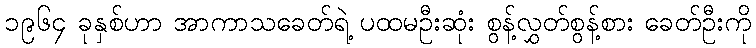
၁၉၆၄ ခုနှစ်ဟာ အာကာသခေတ်ရဲ့ ပထမဦးဆုံး စွန့်လွှတ်စွန့်စား ခေတ်ဦးကို